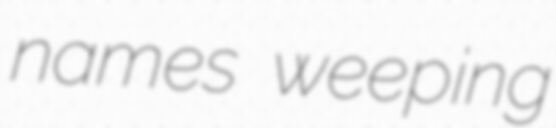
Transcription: names weeping